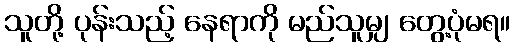
သူတို့ ပုန်းသည့် နေရာကို မည်သူမျှ တွေ့ပုံမရ။